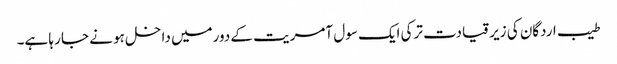
طیب اردگان کی زیر قیادت ترکی ایک سول آمریت کے دورمیں داخل ہو نے جا رہا ہے۔